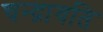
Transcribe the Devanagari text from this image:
चन्द्रावति